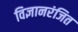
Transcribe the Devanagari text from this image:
विज्ञानरंजित